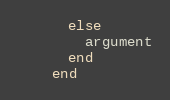
Language: Ruby
      else
        argument
      end
    end